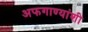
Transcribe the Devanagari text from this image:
अफगाण्यांशी